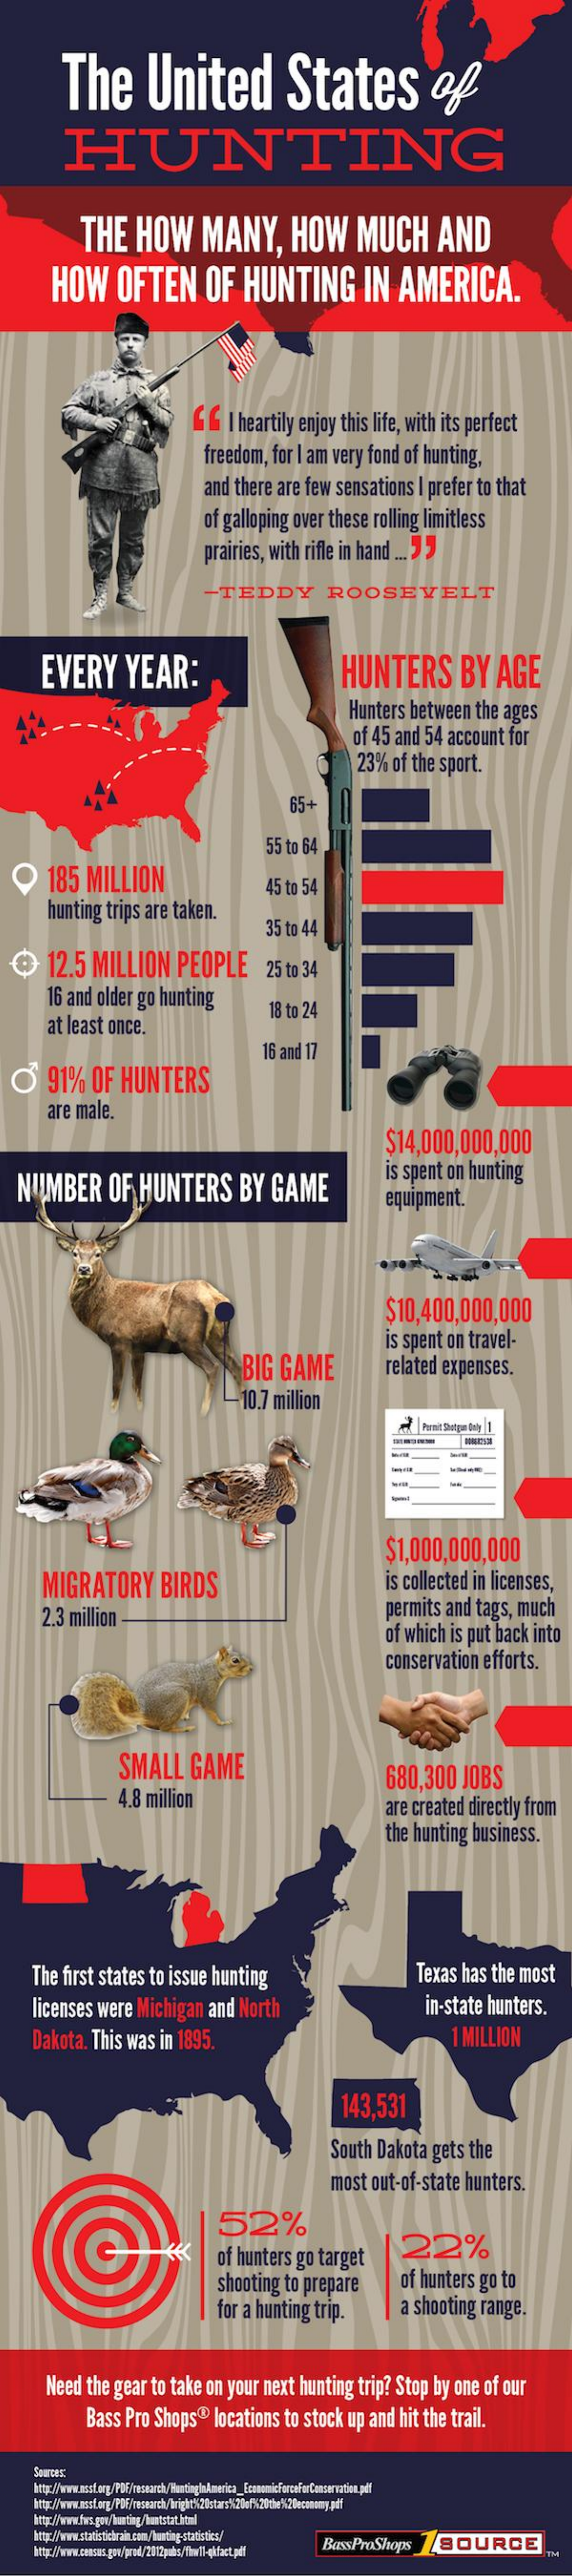
The    United    States    of
     HUNTING
     THE   HOW    MANY,    HOW    MUCH    AND
     HOW    OFTEN    OF  HUNTING    IN  AMERICA.
     GG  I heartily enjoy this life, with its perfect
     freedom, for I am very fond of hunting,
     and there are few sensations I prefer to that
     of galloping over these rolling limitless
     prairies, with rifle in hand ... "
     -TEDDY    ROOSEVELT
     EVERY    YEAR:    HUNTERS    BY  AGE
     Hunters between the ages
     of 45 and 54 account for
     23% of the sport.
     65+
     55 to 64
     185 MILLION    45 to 54
     hunting trips are taken.
     35 to 44
  @  12.5 MILLION  PEOPLE    25 to 34
     16 and older go hunting
     at least once.
     18 to 24
  O  91%  OF HUNTERS
     16 and 17
     are male.
     $14,000,000,000
  NUMBER    OF HUNTERS    BY GAME
     is spent on hunting
     equipment.
     $10,400,000,000
     BIG GAME
     is spent on travel-
     related expenses.
     10.7 million
     Pant Dotra Qof
     $1,000,000,000
     MIGRATORY   BIRDS    is collected in licenses,
     2.3 million    permits and tags, much
     of which is put back into
     conservation efforts.
     SMALL   GAME
     4.8 million
     680,300 JOBS
     are created directly from
     the hunting business.
   The first states to issue hunting    Texas has the most
    licenses were Michigan and North    in-state hunters.
    Dakota. This was in 1895.    I MILLION
     143,531
     South Dakota gets the
     most out-of-state hunters.
     52%
     of hunters go target
     22%
     shooting to prepare of hunters go to
     for a hunting trip. a shooting range.
     Need the gear to take on your next hunting trip? Stop by one of our
     Bass Pro Shops® locations to stock up and hit the trail.
     BassProShops SOURCE